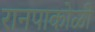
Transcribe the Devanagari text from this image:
रानपाकोळी